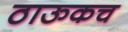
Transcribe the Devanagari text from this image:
ठाऊकच